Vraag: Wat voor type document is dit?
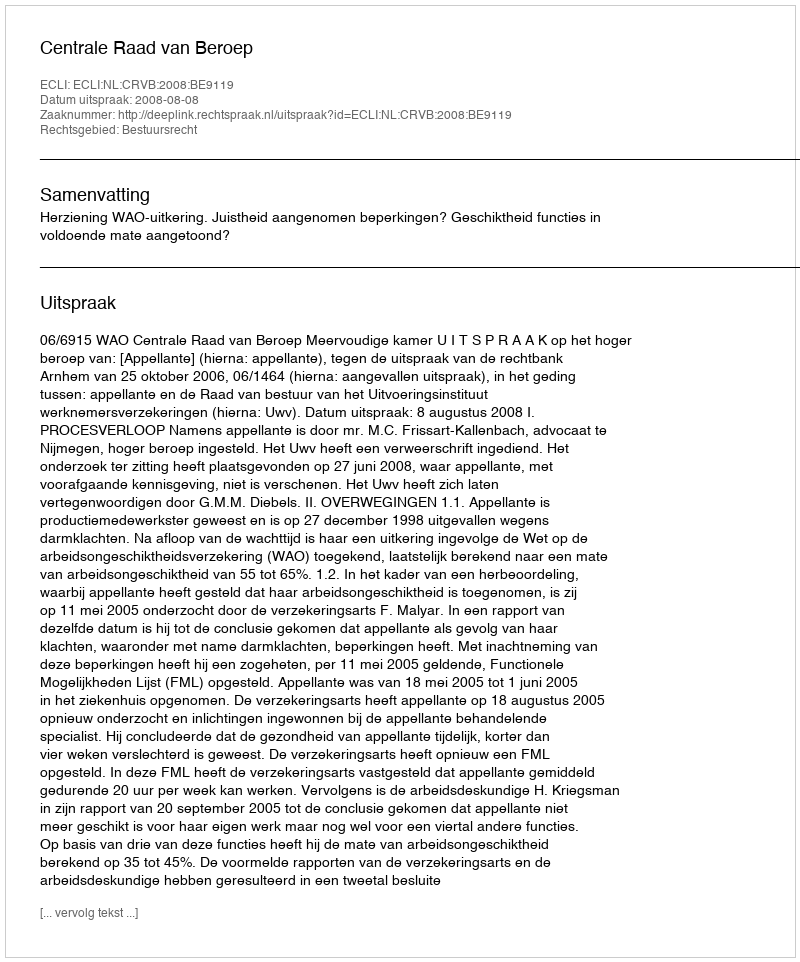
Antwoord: Uitspraak